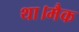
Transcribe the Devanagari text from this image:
था।मैक